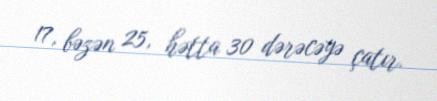
17, bəzən 25, hətta 30 dərəcəyə çatır.